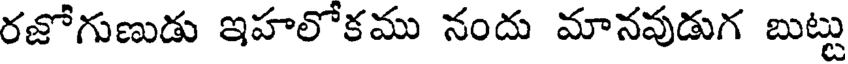
రజోగుణుడు ఇహలోకము నందు మానవుడుగ బుట్టు